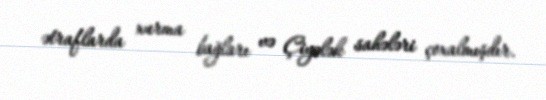
ətraflarda xurma bağları və Çiyələk sahələri çoxalmışdır.